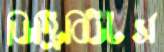
ডিস্ট্রিবিউটর্স